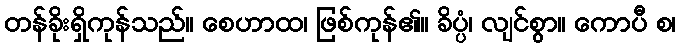
တန်ခိုးရှိကုန်သည်။ စေဟာထ၊ ဖြစ်ကုန်၏။ ခိပ္ပံ၊ လျင်စွာ။ ကောပီ စ၊